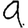
Digit: 9